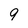
Character: g